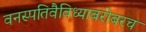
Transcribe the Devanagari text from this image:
वनस्पतिवैविध्याबरोबरच